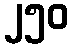
၂၅၀